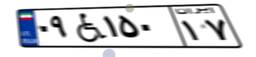
۰۹W۱۵۰۱۷